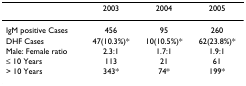
<table><thead><tr><td></td><td><b>2003</b></td><td><b>2004</b></td><td><b>2005</b></td></tr></thead><tbody><tr><td>IgM positive Cases</td><td>456</td><td>95</td><td>260</td></tr><tr><td>DHF Cases</td><td>47(10.3%)*</td><td>10(10.5%)*</td><td>62(23.8%)*</td></tr><tr><td>Male: Female ratio</td><td>2.3:1</td><td>1.7:1</td><td>1.9:1</td></tr><tr><td>≤ 10 Years</td><td>113</td><td>21</td><td>61</td></tr><tr><td>&gt; 10 Years</td><td>343*</td><td>74*</td><td>199*</td></tr></tbody></table>